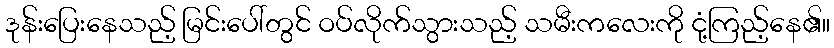
ဒုန်းပြေးနေသည့် မြင်းပေါ်တွင် ဝပ်လိုက်သွားသည့် သမီးကလေးကို ငုံ့ကြည့်နေ၏။